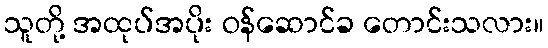
သူတို့ အထုပ်အပိုး ဝန်ဆောင်ခ တောင်းသလား။